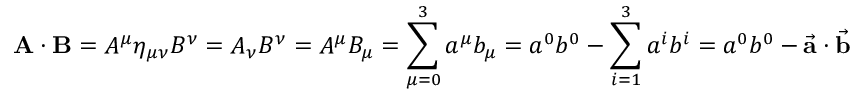
\mathbf { A } \cdot \mathbf { B } = A ^ { \mu } \eta _ { \mu \nu } B ^ { \nu } = A _ { \nu } B ^ { \nu } = A ^ { \mu } B _ { \mu } = \sum _ { \mu = 0 } ^ { 3 } a ^ { \mu } b _ { \mu } = a ^ { 0 } b ^ { 0 } - \sum _ { i = 1 } ^ { 3 } a ^ { i } b ^ { i } = a ^ { 0 } b ^ { 0 } - { \vec { \mathbf { a } } } \cdot { \vec { \mathbf { b } } }